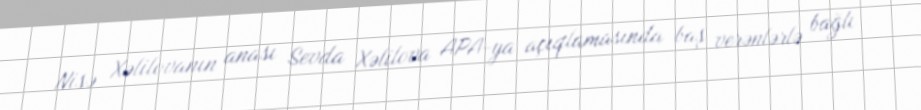
Nisə Xəlilovanın anası Sevda Xəlilova APA-ya açıqlamasında baş verənlərlə bağlı